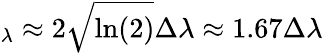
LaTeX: _\lambda\approx 2\sqrt{\ln(2)}\Delta\lambda\approx 1.67\Delta\lambda